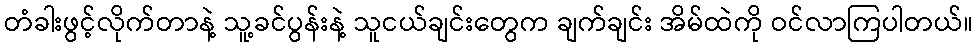
တံခါးဖွင့်လိုက်တာနဲ့ သူ့ခင်ပွန်းနဲ့ သူငယ်ချင်းတွေက ချက်ချင်း အိမ်ထဲကို ဝင်လာကြပါတယ်။